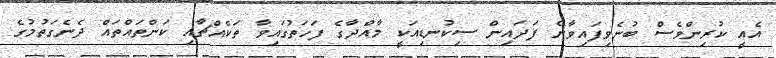
އެއީ ކުރިންވެސް ބުނެވިފައިވާނެ ފަދައިން ސިކުނޑިއަކީ މާއްދާގެ ފަހަތުގައިވާ ތަކެއްޗާއި ކަންތައްތައް ދެނެގަތުމުގެ